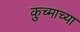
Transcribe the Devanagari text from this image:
कुच्माच्या